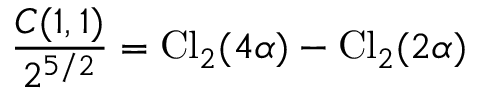
{ \frac { C ( 1 , 1 ) } { 2 ^ { 5 / 2 } } } = \mathrm { C l } _ { 2 } ( 4 \alpha ) - \mathrm { C l } _ { 2 } ( 2 \alpha )